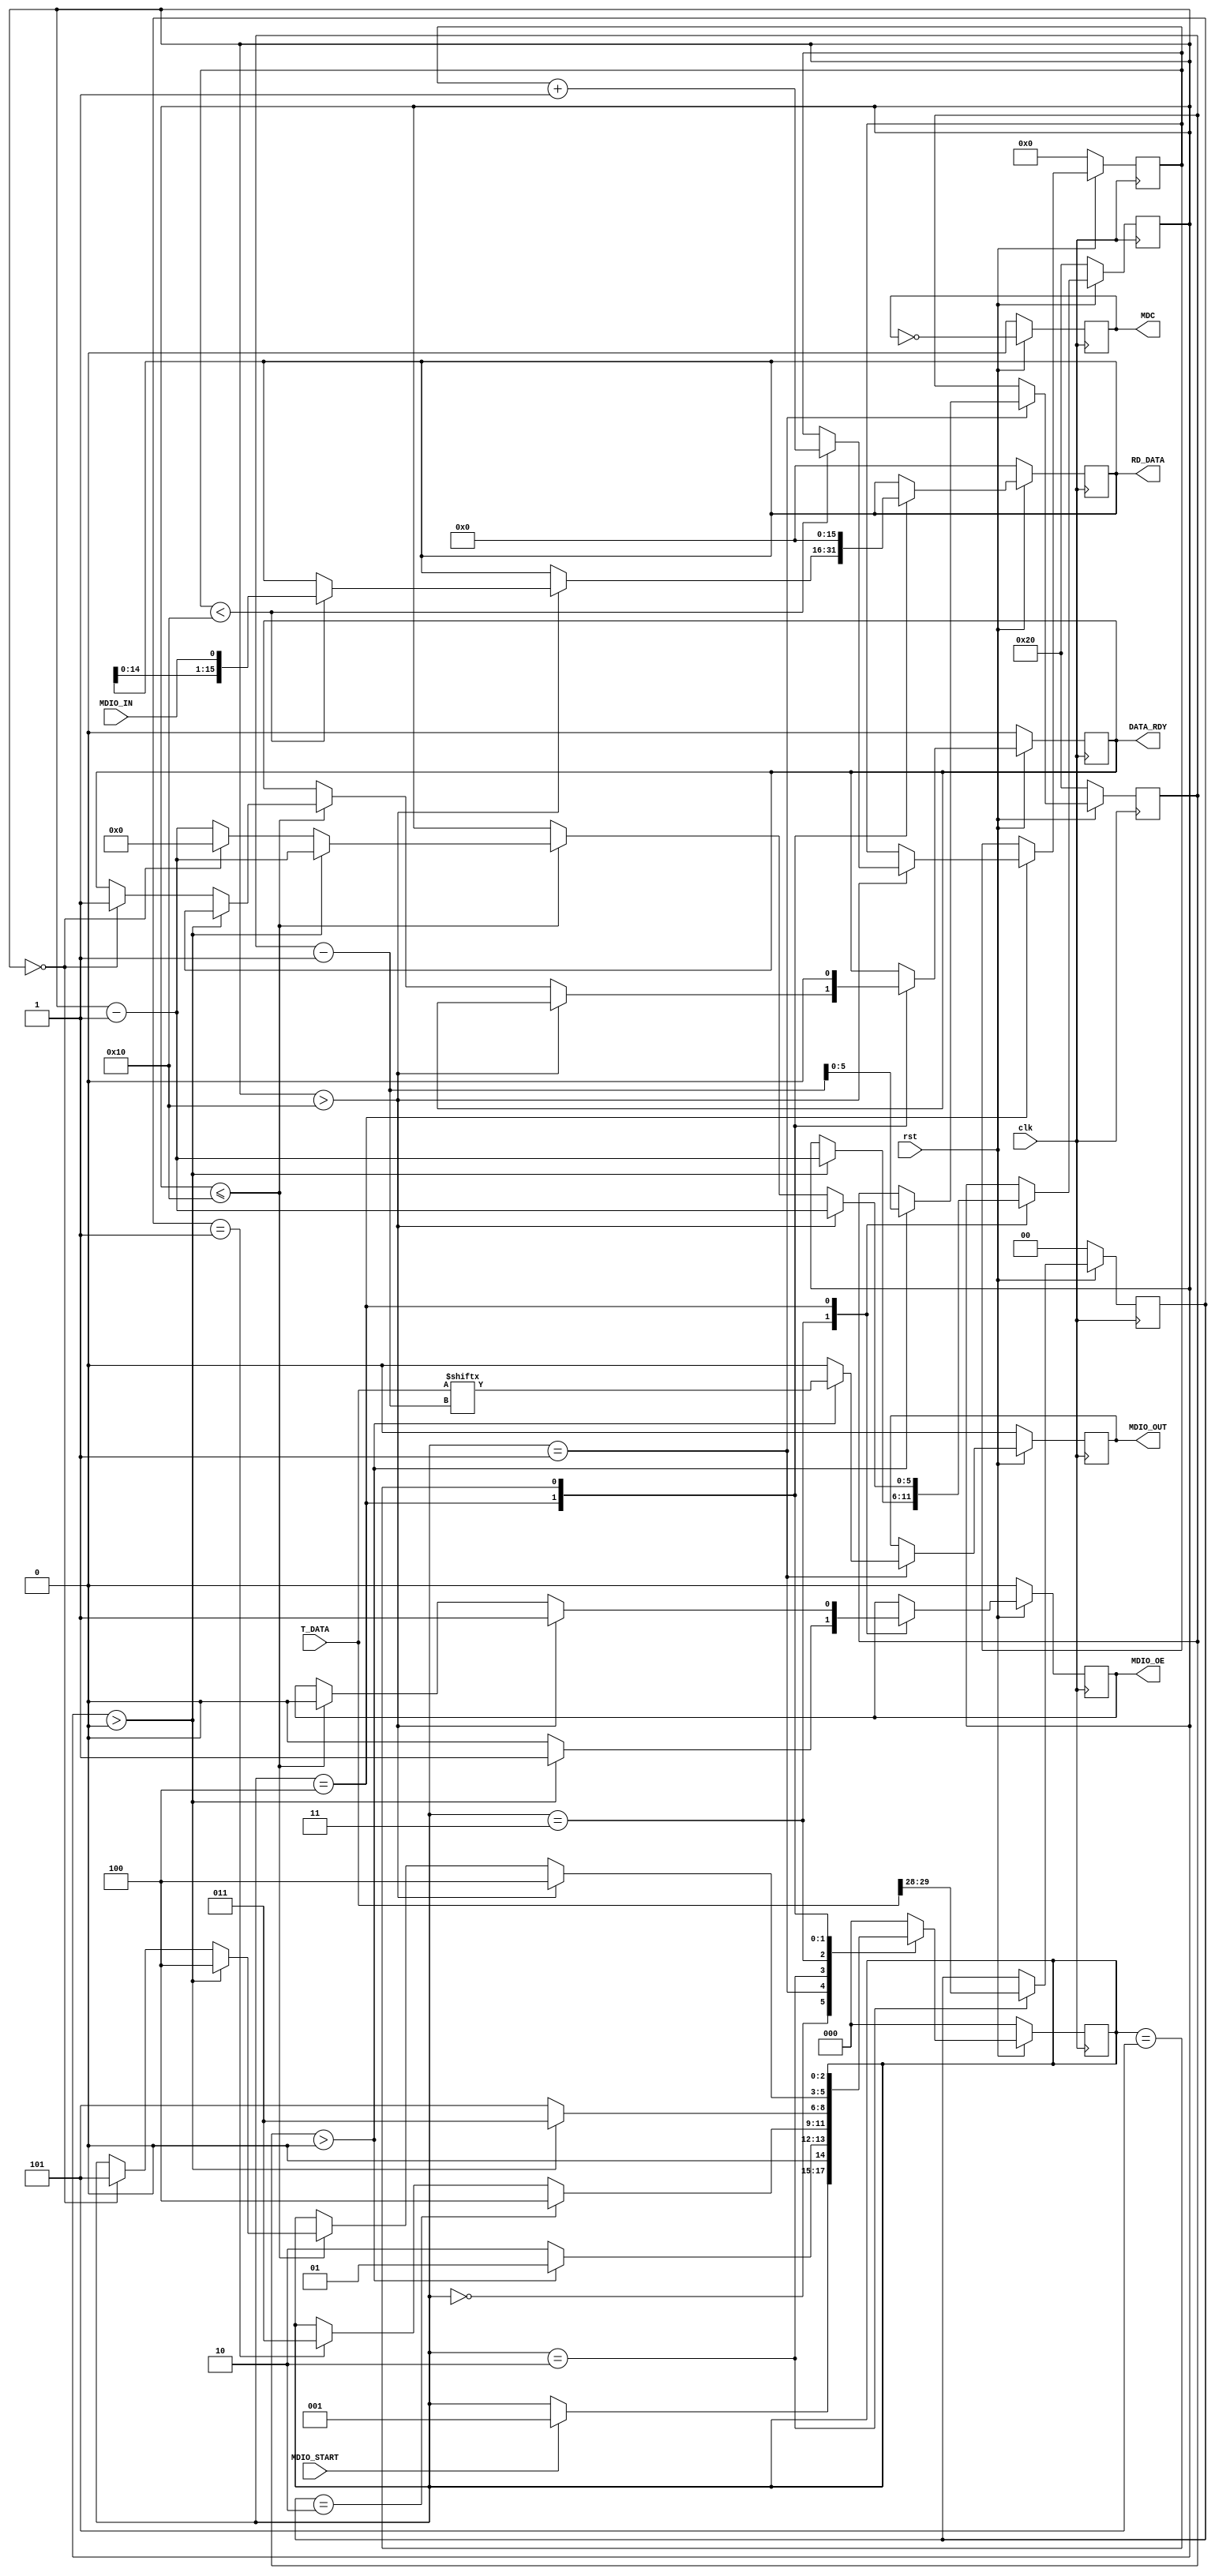
/* 
Proyecto Final Circuitos Digitales 2

Archivo: Trans_MDIO.v 

Descripcin: Este archivo contiene el DUT del generador para el protocolo MDIO

Autores: Alexa Lpez, Sylvia Fonseca, Manfred Soza, ngeles Ulate
*/


module Trans_MDIO (
    // Definicin de las entradas y salidas del generador-transmisor de transacciones MDIO
    
    // Entradas
    input clk,                  // Seal de reloj proveniente del CPU, llega al generador con una frecuencia determinada
    input rst,                  // Seal de Reset. =1 generador funciona normalmente, =0 todas salidas en 0
    input [31:0] T_DATA,        // Seal que contiene los 32 bits a transmitir del frame bsico del protocolo MDIO
    input MDIO_START,           // Seal que tarda un pulso de 1 ciclo reloj e indica que valor T_DATA se carg y que debe iniciar su transmisin
    input MDIO_IN,              // Seal serie para la operacin de lectura con los valores de los ltimos 16 ciclos de MDIO a escribir en RD_DATA

    // Salidas
    output reg [15:0] RD_DATA,  // Seal que produce, por concatenacin, los 16 bits recibidos durante una transaccin de lectura segn MDIO_IN. Es vlido cuando RD_RDY = 1
    output reg DATA_RDY,        // Seal que se pone en alto cuando se completa la recepcin de la palabra serial en la transaccion de lectura
    output reg MDC,             // Seal de reloj, con la mitad de la frecuencia de CLK, para la sincronizacin de transferencia de datos para el MDIO
    output reg MDIO_OE,         // Seal de habilitacin de MDIO_OUT. En Escritura es de 32 ciclos alto, en Lectura es de 16 ciclos en alto y 16 ciclos en bajo.
    output reg MDIO_OUT         // Seal serial, que enva los bits de T_DATA cuando MDIO_START est en alto.
);

// Definicin de registros y seales internas del generador-transmisor de transacciones MDIO
reg [5:0]count;             // Seal de contador para recorrer T_DATA
reg [2:0]state;             // Seal que indica el estado en el que se est para la FSM
reg [3:0]count_MDIO_IN;     // Seal de contador para recorrer MDIO_IN 
reg [1:0]bit_2_3;           // Registro para guardar el bit 3 y 4 juntos del frame bsico del MDIO.
reg [5:0]count_MDIO_OE;     // Seal de contador para definir el comportamiento de MDIO_OE de acuerdo a si es una transaccin de lectura o de escritura


always @(posedge clk) begin

    // Si se pone en alto el reset, se habilita el generador de transacciones MDIO, es decir, funciona normalmente
    if (rst) begin

        // Se define el comportamiento de MDC para que sea de la mitad de la frecuencia de clk
        MDC <= ~MDC; // Cambia el estado de MDC en cada flanco de subida de clk
        
        // Se da paso a la FSM correspondiente al funcionamiento habilitado del generador
        case (state)

            // Estado 0: En este se revisa si MDIO_START est en alto para pasar al siguiente (1), en el que llevara a cabo la transmisin de datos a travs de la salida serial MDIO_OUT.
            0 : begin
                if (MDIO_START) begin
                    state <= 1;
                end
            end

            // Estado 1: En este se lleva a cabo la transmisin de datos a travs de la salida serial MDIO_OUT, segn la entrada T_DATA
            1 : begin
                // MDIO_OUT toma, serialmente, los valores de T_DATA. Este enva los bits de T_DATA desde el ms significativo hasta completar
                // los 32 bits, donde en este punto, se pasa al siguiente estado (2).
                if (count > 0) begin
                    MDIO_OUT <= T_DATA[count-1]; 
                    count <= count - 1;
                    state <= 1;
                end else begin
                    MDIO_OUT <= 0;
                    state <= 2;
                end  
            end

            // Estado 2: En este se revisa si se trata de una transaccin MDIO de lectura o de escritura, de acuerdo a los valores de los bits
            // 3 y 4 del frame bsico de MDIO, mismos que corresponden a los bits 2 y 3 de T_DATA, considerando su conteo desde 0.
            2: begin
                // Se guardan por concatenacin, los bits 2 y 3 de T_DATA en un solo registro
                bit_2_3 <= {T_DATA[29], T_DATA[28]};

                // Si la concatenacin anterior corresponde a 10, se pasa al estado de lectura (4)
                if (bit_2_3 == 2'b10)begin
                    state <= 4;
                // Si la concatenacin anterior corresponde a 01, se pasa al estado de escritura (3)
                end else if (bit_2_3 == 2'b01) begin
                    // Escritura
                    state <= 3;
                end
            end

            // Estado 3: Corresponde a la descripcin del funcionamiento normal del generador para transacciones MDIO de escritura
            3: begin
                // Al tratarse de una transaccin de escritura, MDIO_OE debe permanecer en alto duante los 32 ciclos de la transaccin,
                // lo cual se revisa que suceda usando el contador y, una vez que esto se cumple, MDIO_OE se pone en bajo y pasa al
                // al siguiente estado (5).
                if (count_MDIO_OE > 0) begin
                    MDIO_OE <= 1;
                    count_MDIO_OE <= count_MDIO_OE - 1;
                    state <= 3;
                end else begin
                    MDIO_OE <= 0;
                    state <= 5;
                end                 
            end

            // Estado 4: Corresponde a la descripcin del funcionamiento normal del generador para transacciones MDIO de lectura
            4: begin      
                // Al tratarse de una transaccin de lectura, MDIO_OE debe permanecer en alto durante los primeros 16 ciclos de la transaccin
                if (count_MDIO_OE > 16) begin
                    MDIO_OE <= 1;
                    count_MDIO_OE <= count_MDIO_OE -1;

                    if (count_MDIO_IN < 16) begin
                        // Mientras el contador de MDIO_IN sea distinto a 0, en MDIO_IN se recibe la data, 
                        // y esta se produce concatenada (los 16 bits) en RD_DATA.
                        RD_DATA <= {RD_DATA[15:0], MDIO_IN};
                        count_MDIO_IN <= count_MDIO_IN + 1;
                    end

                    state <= 4;
                    //$display("Count > 16");    

                // Al tratarse de una transaccin de lectura, MDIO_OE debe permanecer en bajo durante los ltimos 16 ciclos de la transaccin 
                end else if (count_MDIO_OE <= 16) begin
                    MDIO_OE <= 0;
                    count_MDIO_OE <= count_MDIO_OE -1;

                    if (count_MDIO_OE > 0) begin
                        state <= 4;
                    end
                    else if (count_MDIO_OE == 0) begin
                        // Una vez que se ha llegado a cero en el valor del contador de MDIO_OE, y por ende se ha terminado
                        // de producir la data en RD_DATA, se levanta DATA_RDY durante un ciclo y se pasa al siguiente estado (5).
                        //$display("Count 0");
                        count_MDIO_OE <= 0;
                        DATA_RDY <= 1;
                        MDIO_OE <= 0;
                        state <= 5; 
                    end  
                end
            end

            // Estado 5: Estado de finalizacin de las transacciones y que, finalmente, recae en el default.
            5: begin
                DATA_RDY <= 0;
                RD_DATA <= 0;                   
            end
                
            default:
                state <= 0;
        endcase
            
    
    end else begin
    // Cuando el reset est en bajo, se resetea el programa, y las seales internas y de salida pasan a su correspondiente estado inicial
    MDC <= 0;
    count_MDIO_IN <= 4'd0;
    DATA_RDY <= 0;
    state <= 0;
    count <= 6'd32;
    MDIO_OUT <= 0;
    bit_2_3 <= 2'b00;
    count_MDIO_OE <= 6'd32;
    MDIO_OE <= 0;
    RD_DATA <= 0;
    end
end

endmodule